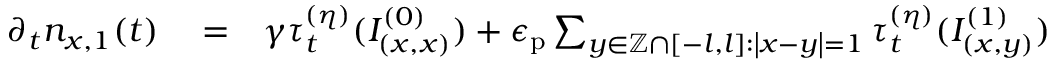
\begin{array} { r l r } { \partial _ { t } n _ { x , 1 } ( t ) } & { { } = } & { \gamma \tau _ { t } ^ { ( \eta ) } ( I _ { ( x , x ) } ^ { ( 0 ) } ) + \epsilon _ { \mathrm { p } } \sum _ { y \in \mathbb { Z } \cap \left[ - l , l \right] : \left\vert x - y \right\vert = 1 } \tau _ { t } ^ { ( \eta ) } ( I _ { ( x , y ) } ^ { ( 1 ) } ) } \end{array}